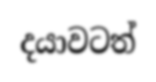
දයාවටත්